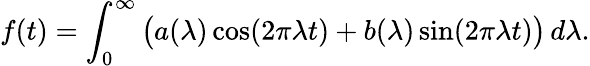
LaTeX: f(t)=\int_{0}^{\infty}{\bigl(}a(\lambda)\cos(2\pi\lambda t)+b(\lambda)\sin(2\pi\lambda t){\bigr)}\, d\lambda.